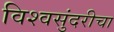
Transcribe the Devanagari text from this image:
विश्वसुंदरीचा